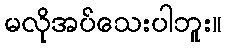
မလိုအပ်သေးပါဘူး။